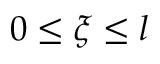
0 \le \xi \le l